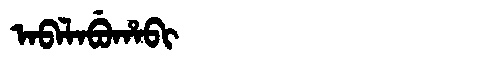
Manchu: ᠠᠪᠠᠯᠠᠪᡠᡥᠠᠪᡳ
Romanization: ABALABUHABI